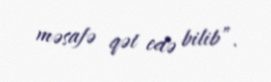
məsafə qət edə bilib”.